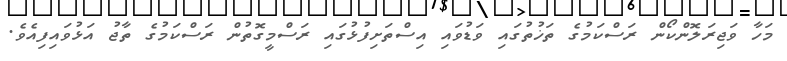
މަހާ ވަޖިރަލޮންކޯން ރަސްކަމުގެ ތަޚުތުގައި ވަޑުވައި އިސްތަށިފުޅުގައި ރަސްމީގޮތުން ރަސްކަމުގެ ތާޖު އަޅުވައިފިއެވެ.